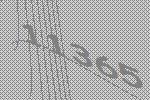
11365